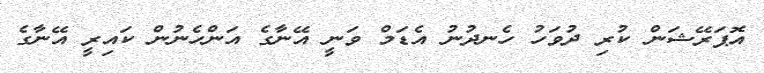
އޮޕަރޭޝަން ކުރި ދުވަހު ހެނދުނު އެޑަމް ވަނީ އޭނާގެ އަންހެނުން ކައިރީ އޭނާގެ